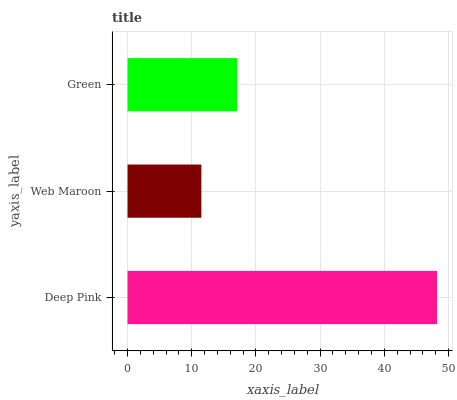
| yaxis_label | bars |
 | --- | --- |
 | Deep Pink | 48.2 |
 | Web Maroon | 11.5 |
 | Green | 17.1 |